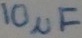
Text: 10µF